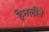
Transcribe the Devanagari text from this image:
हेनलीने